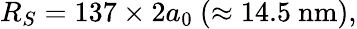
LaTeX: R_{S}=137\times 2a_{0}~(\approx\mathrm{14.5~nm}),